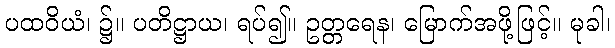
ပထဝိယံ၊ ၌။ ပတိဋ္ဌာယ၊ ရပ်၍။ ဥတ္တရေန၊ မြောက်အဖို့ဖြင့်။ မုခါ၊